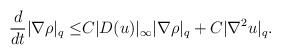
LaTeX: \begin{align*}\frac{d}{dt}|\nabla \rho|_q\leq& C|D( u)|_\infty|\nabla \rho|_q+C|\nabla^2 u|_q.\end{align*}